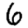
Digit: 6